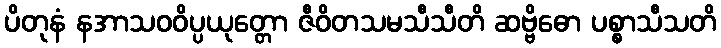
ပိတုနံ နအာသဝဝိပ္ပယုတ္တော ဇီဝိတသမသီသီတိ ဆဗ္ဗိဓော ပစ္စာသီသတိ